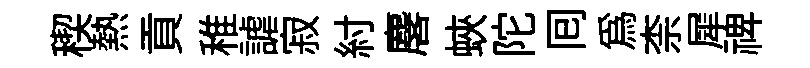
稧熱貢稚謔寂紂麐蛺陀囘為柰犀禆